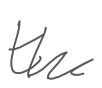
Text: the
Cross-out: clean
Writing tool: digital_gray